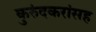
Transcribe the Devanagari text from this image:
कुरुंदकरांसह